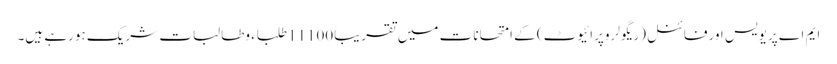
ایم اے پریویس اورفائنل(ریگولر وپرائیوٹ) کے امتحانات میں تقریباً11100طلباء وطالبات شریک ہورہے ہیں۔